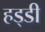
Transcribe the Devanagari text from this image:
हड्‍डी